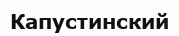
Капустинский